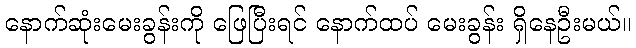
နောက်ဆုံးမေးခွန်းကို ဖြေပြီးရင် နောက်ထပ် မေးခွန်း ရှိနေဦးမယ်။